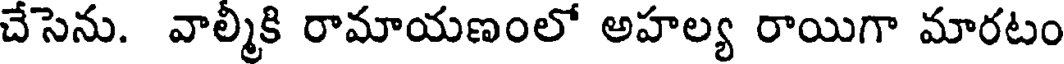
చేసెను. వాల్మికి రామాయణంలో అహల్య రాయిగా మారటం